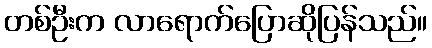
တစ်ဦးက လာရောက်ပြောဆိုပြန်သည်။